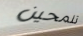
تلمحين